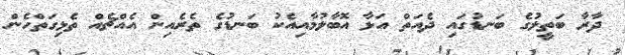
ދާރާ ބަތީލުގެ ބަނޑުގައި ދެއަތް އަޅާ އޮބާލުމާއިއެކު ބަނޑުގެ ތެރެއިން އެއްޗެއް ތެޅިގަތްހެން